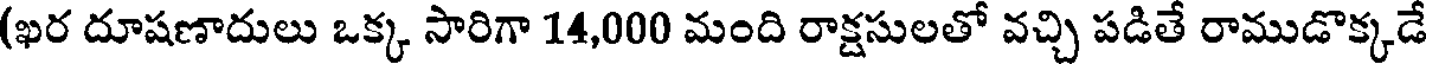
(ఖర దూషణాదులు ఒక్క సారిగా 14,000 మంది రాక్షసులతో వచ్చి పడితే రాముడొక్కడే